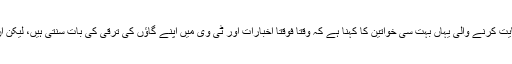
روبي اور سریتا کے باتوں کی حمایت کرنے والی یہاں بہت سی خواتین کا کہنا ہے کہ وقتاً فوقتاً اخبارات اور ٹی وی میں اپنے گاؤں کی ترقی کی بات سنتی ہیں، لیکن ان کی مدد کرنے کوئی نہیں آتا ہے۔